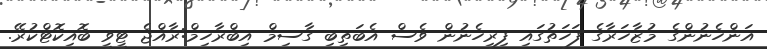
އަންހެނުންގެ މުޒާހަރާގެ ފަހަތުގައި ފިރިހެނުން ވެސް އެބަތިބި ގާސިމް އިބްރާހިމް:ރާއްޖެ ޓީވީ ބޮއިކޮޓްކުރޭ.